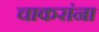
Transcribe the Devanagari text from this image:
चाकरांना